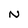
Character: N